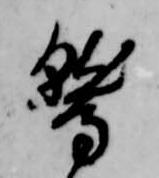
鷲